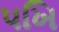
પખિ